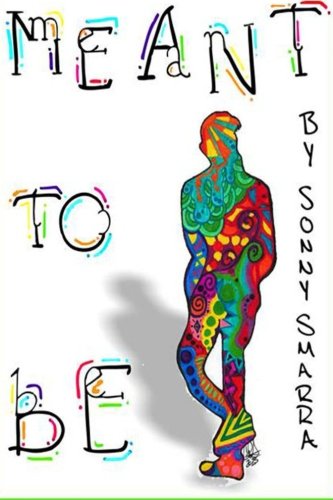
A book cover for Meant To Be; Sonny Smarra; Science Fiction & Fantasy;